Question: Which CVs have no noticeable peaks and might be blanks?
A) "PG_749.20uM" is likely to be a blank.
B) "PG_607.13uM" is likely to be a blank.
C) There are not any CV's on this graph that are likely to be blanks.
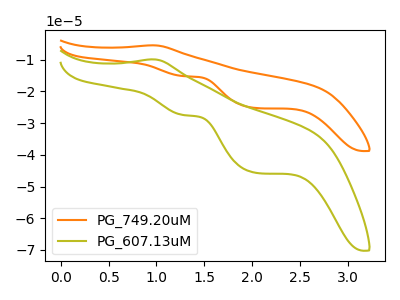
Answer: <think>The orange curve "PG_749.20uM" has an anodic peak at (0.95V, -5.45uA) and cathodic peaks at (1.30V, -15.15uA) (2.05V, -25.25uA). The olive curve "PG_607.13uM" has an anodic peak at (0.95V, -9.90uA) and cathodic peaks at (1.30V, -27.45uA) (2.05V, -45.65uA).</think>
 <answer>C) There are not any CV's on this graph that are likely to be blanks.</answer>
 <eval>C</eval>